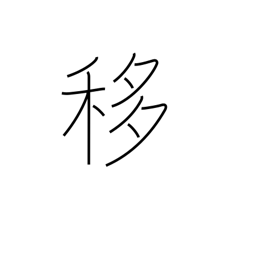
Meaning: shift